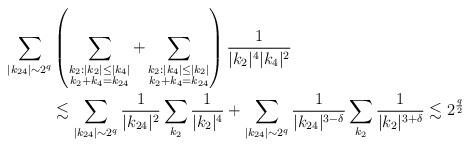
\begin{align*}\sum_{|k_{24}|\sim 2^q} &\left(\sum_{\substack{k_2: |k_2|\leq|k_4|\\k_2+k_4=k_{24}}} + \sum_{\substack{k_2: |k_4|\leq|k_2|\\k_2+k_4=k_{24}}}\right)\frac{1}{|k_2|^4 |k_4|^2}\\&\lesssim \sum_{|k_{24}|\sim 2^q} \frac{1}{|k_{24}|^2}\sum_{k_2}\frac{1}{|k_2|^4}+\sum_{|k_{24}|\sim 2^q} \frac{1}{|k_{24}|^{3-\delta}}\sum_{k_2}\frac{1}{|k_2|^{3+\delta}}\lesssim2^{\frac{q}{2}}\end{align*}